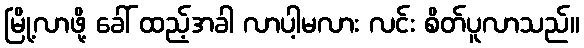
မြို့လာဖို့ ခေါ် ထည့်အခါ လာပါ့မလား လင်း စိတ်ပူလာသည်။